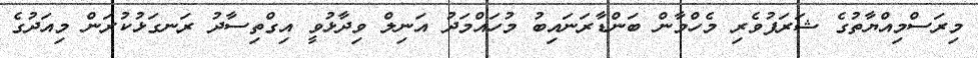
މިރަސްމިއްޔާތުގެ ޝަރަފުވެރި މެހްމާން ބަންޑާރަނައިބު މުހައްމަދު އަނިލް ވިދާޅުވީ އިގްތިސާދު ރަނގަޅުކުރަން މިއަދުގެ